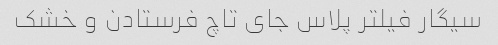
سیگار فیلتر پلاس جای تاچ فرستادن و خشک